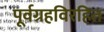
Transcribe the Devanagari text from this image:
पूर्वग्रहविरहित